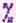
%